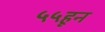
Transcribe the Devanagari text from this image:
५५हून